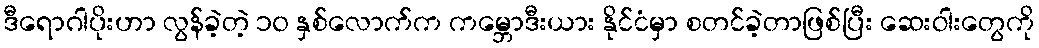
ဒီရောဂါပိုးဟာ လွန်ခဲ့တဲ့ ၁၀ နှစ်လောက်က ကမ္ဘောဒီးယား နိုင်ငံမှာ စတင်ခဲ့တာဖြစ်ပြီး ဆေးဝါးတွေကို